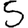
Digit: 5